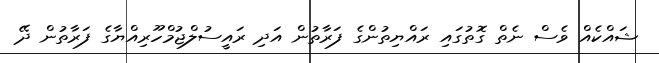
ޝައްކެއް ވެސް ނެތް ގޮތުގައި ރައްޔިތުންގެ ފަރާތުން އަދި ރައީސުލްޖުމްހޫރިއްޔާގެ ފަރާތުން ދޭ